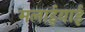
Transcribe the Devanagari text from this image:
मलाईयाई